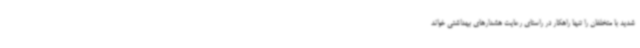
شدید با متخلفان را تنها راهکار در راستای رعایت هشدارهای بهداشتی خواند